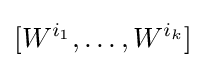
[W^{i_{1}},\dots ,W^{i_{k}}]